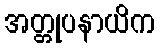
အတ္တုပနာယိက